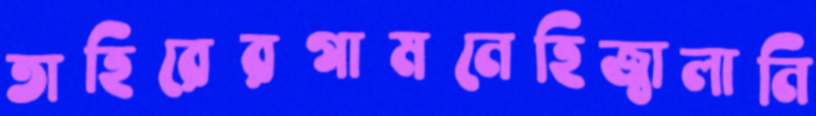
তাহিরেরগামনেহিজ্বালানি